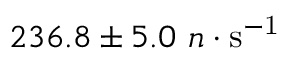
2 3 6 . 8 \pm 5 . 0 ~ n \cdot \mathrm { s ^ { - 1 } }